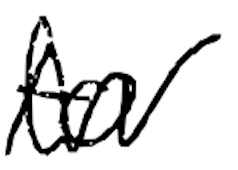
Text: to
Cross-out: mix
Writing tool: digital_black